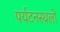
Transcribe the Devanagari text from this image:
पर्यटनस्थलों